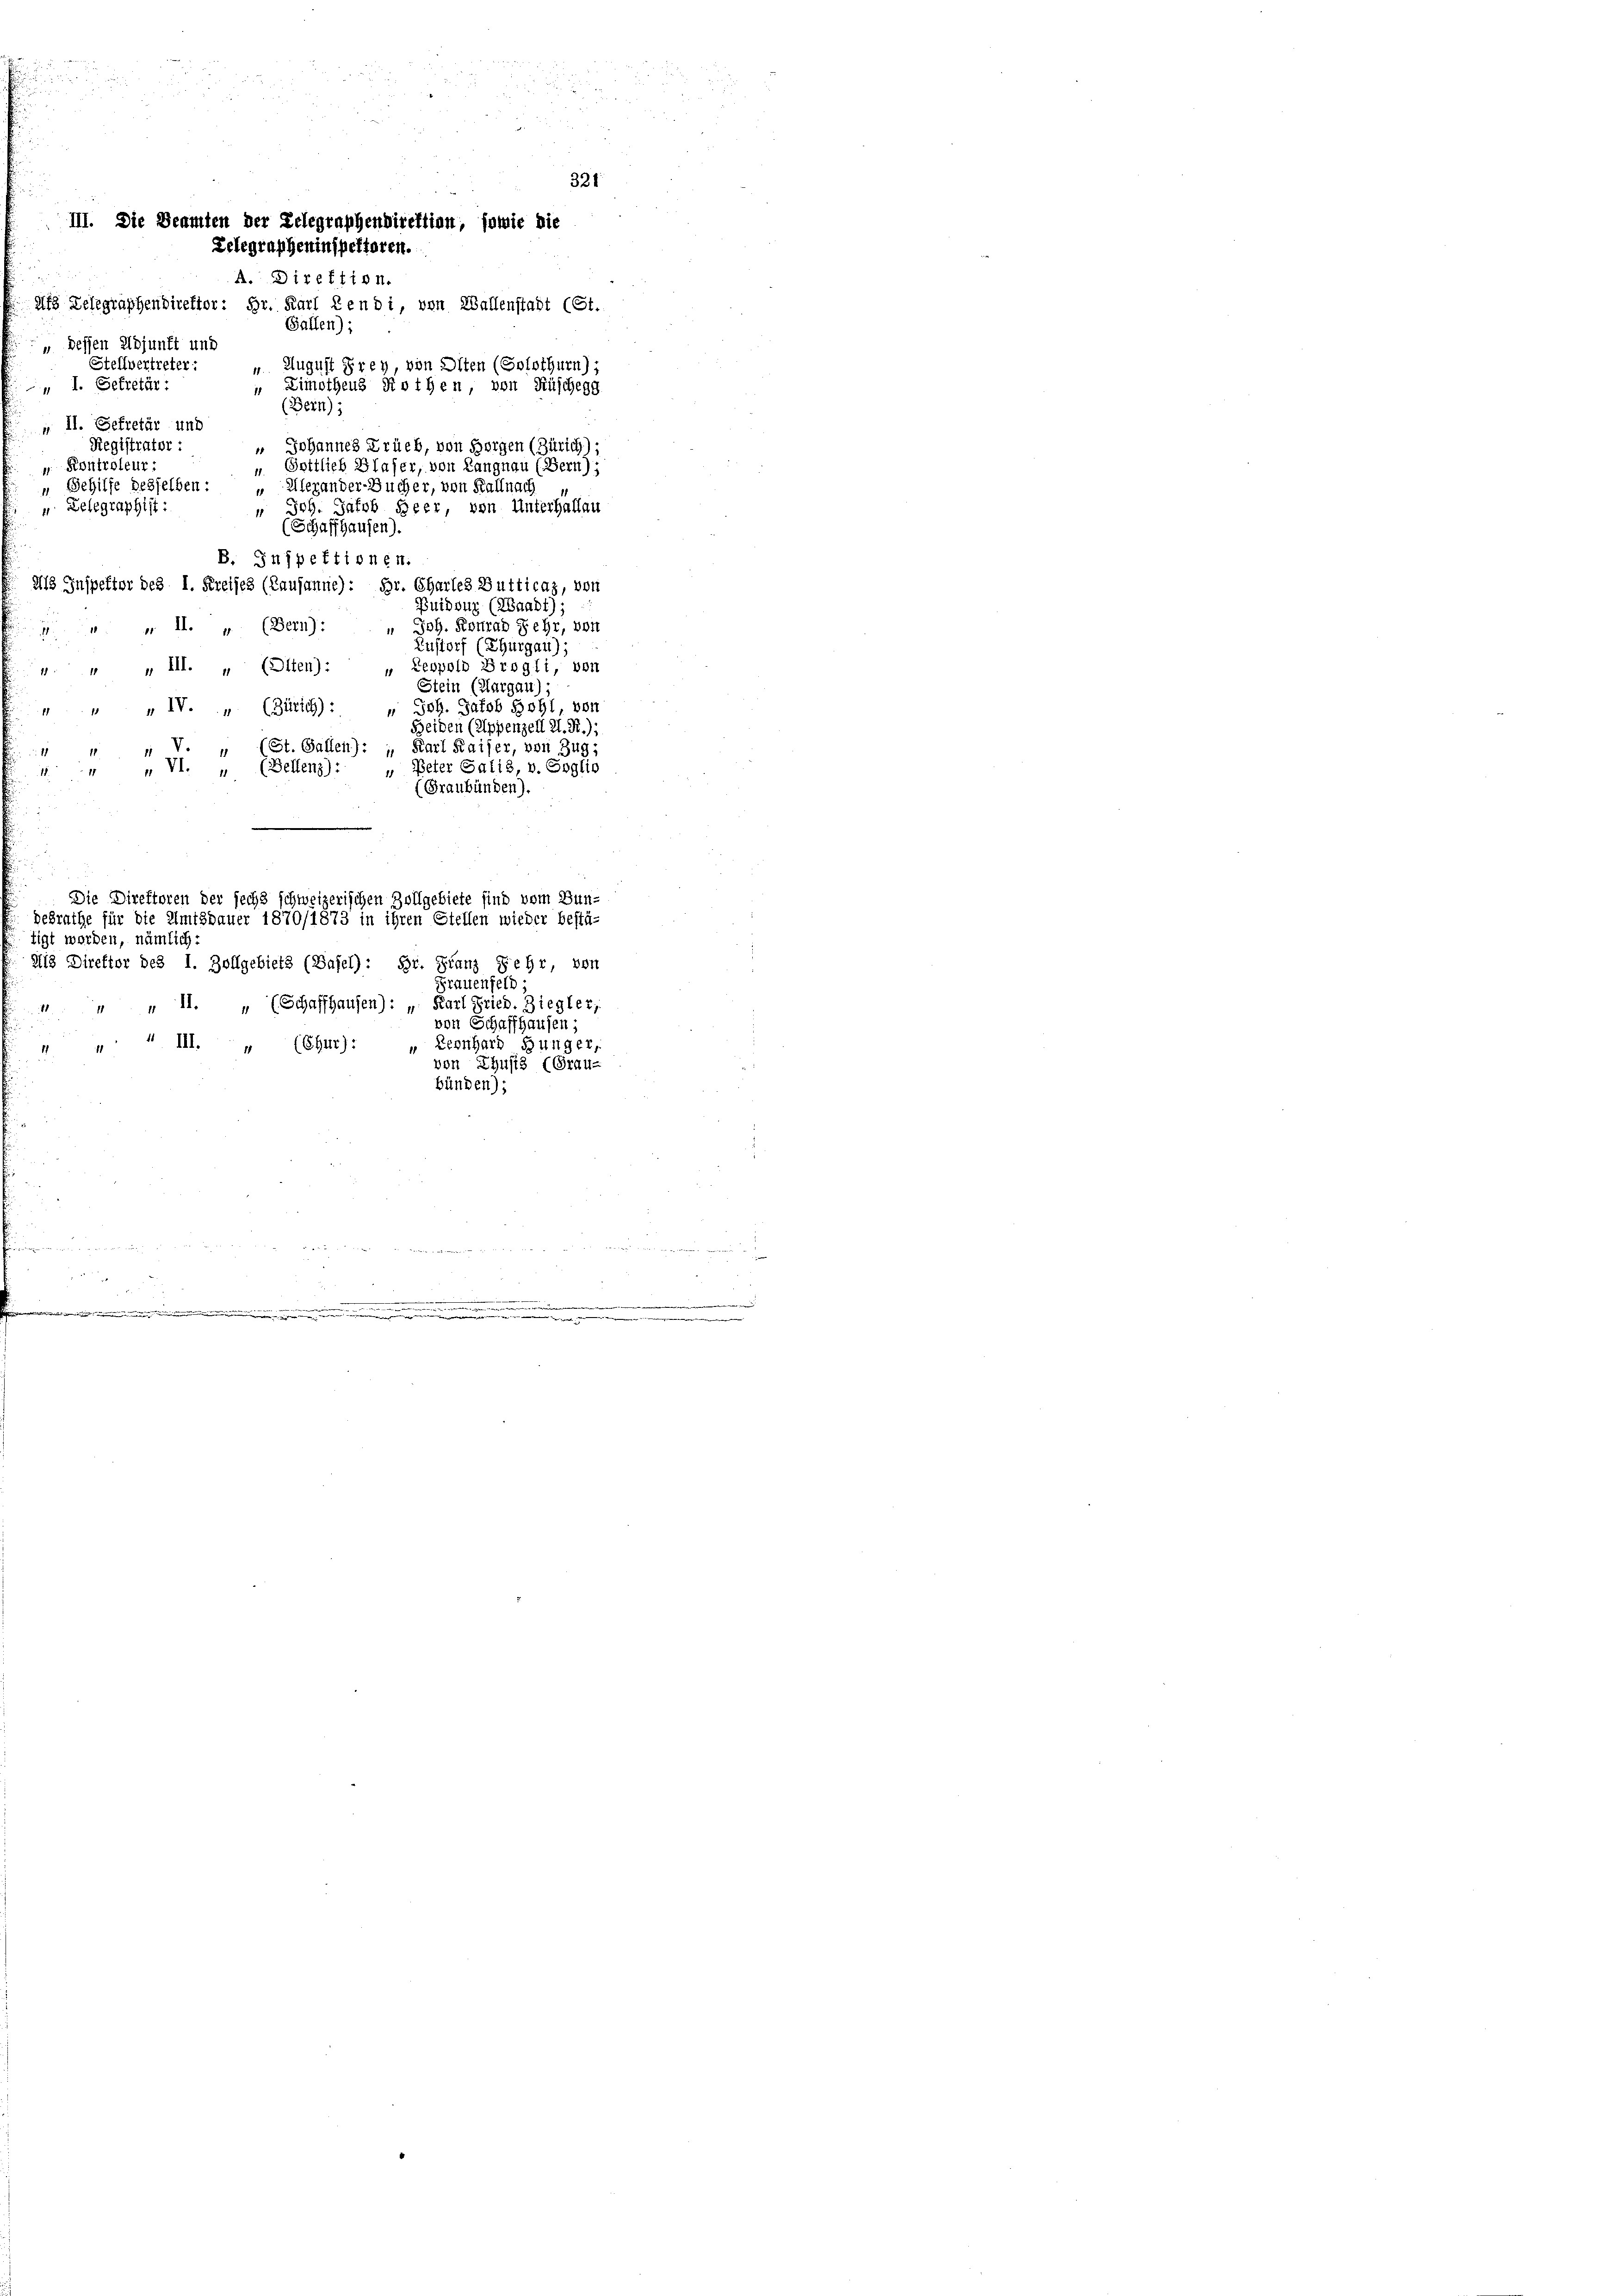
Als Telegraphendirektor: Hr. Karl Rendi, von Wallenstadt (St.
Gallen):
" dessen Adjunft und
Stellvertreter:
„ August Frey, von Olten (Solothurn);
" I. Sekretär
" Zimothens Rothen, von Rüschegg
(Bern):
„ II. Sekretär und
Registrator :
 Johannes Früeb, von Horgen (Zürich);
 Kontroleur
" Gottlich Blaser, von Langnau (Bern):
 Gehilfe desselben :
" Alexander-Sucher, von Fall nach,
u. Telegraphist:
" Joh. Jacob Heer, von Unterhallan
(Schaffhausen).
B. Inspektionen.
dls Inspektor des I. Kreises (Lausanne): Hr. Chartes Butticaz, von
Puidouz (Waadt);
Joh. Konrad Fehr, von
  II. „ (Bern):
Zustorf (Thurgau);
4. „ „ III. „ (Olten): „Leopold Brogli, von
Stein (Aargau)
Joh. Jakob Bohl, von
" „ IV. „ (Zürich) :
Heiden (Appenzell I. R.)
Karl Kaiser, von Zug,
1 " " V. „ (St. Gallen):
" Peter Salis, v. Soglio
1. " VI. „ (Bellen
(Graubünden).
Die Direktoren der sechs schweizerischen Zollgebiete sind vom Bun-
desrathe für die Amtsdauer 1870/1873 in ihren Stellen wieder bestä-
tigt worden, nämlich:
Ni3 Direktor des I. Zollgebiets (Basel): Hr. Franz sehr, von
Frauenfeld
4 " " II. „ (Schaffhausen): „ Karl Fried. Ziegler,
von Schaffhausen;
Leonhard Hunger,
„ 4 III. „ (Chur):
von Thusis (Grau-
bünden);

321
III. Die Beamten der Relegraphendirektion, sowie die
Zelegrapheninspektoren.
A. Direktion.